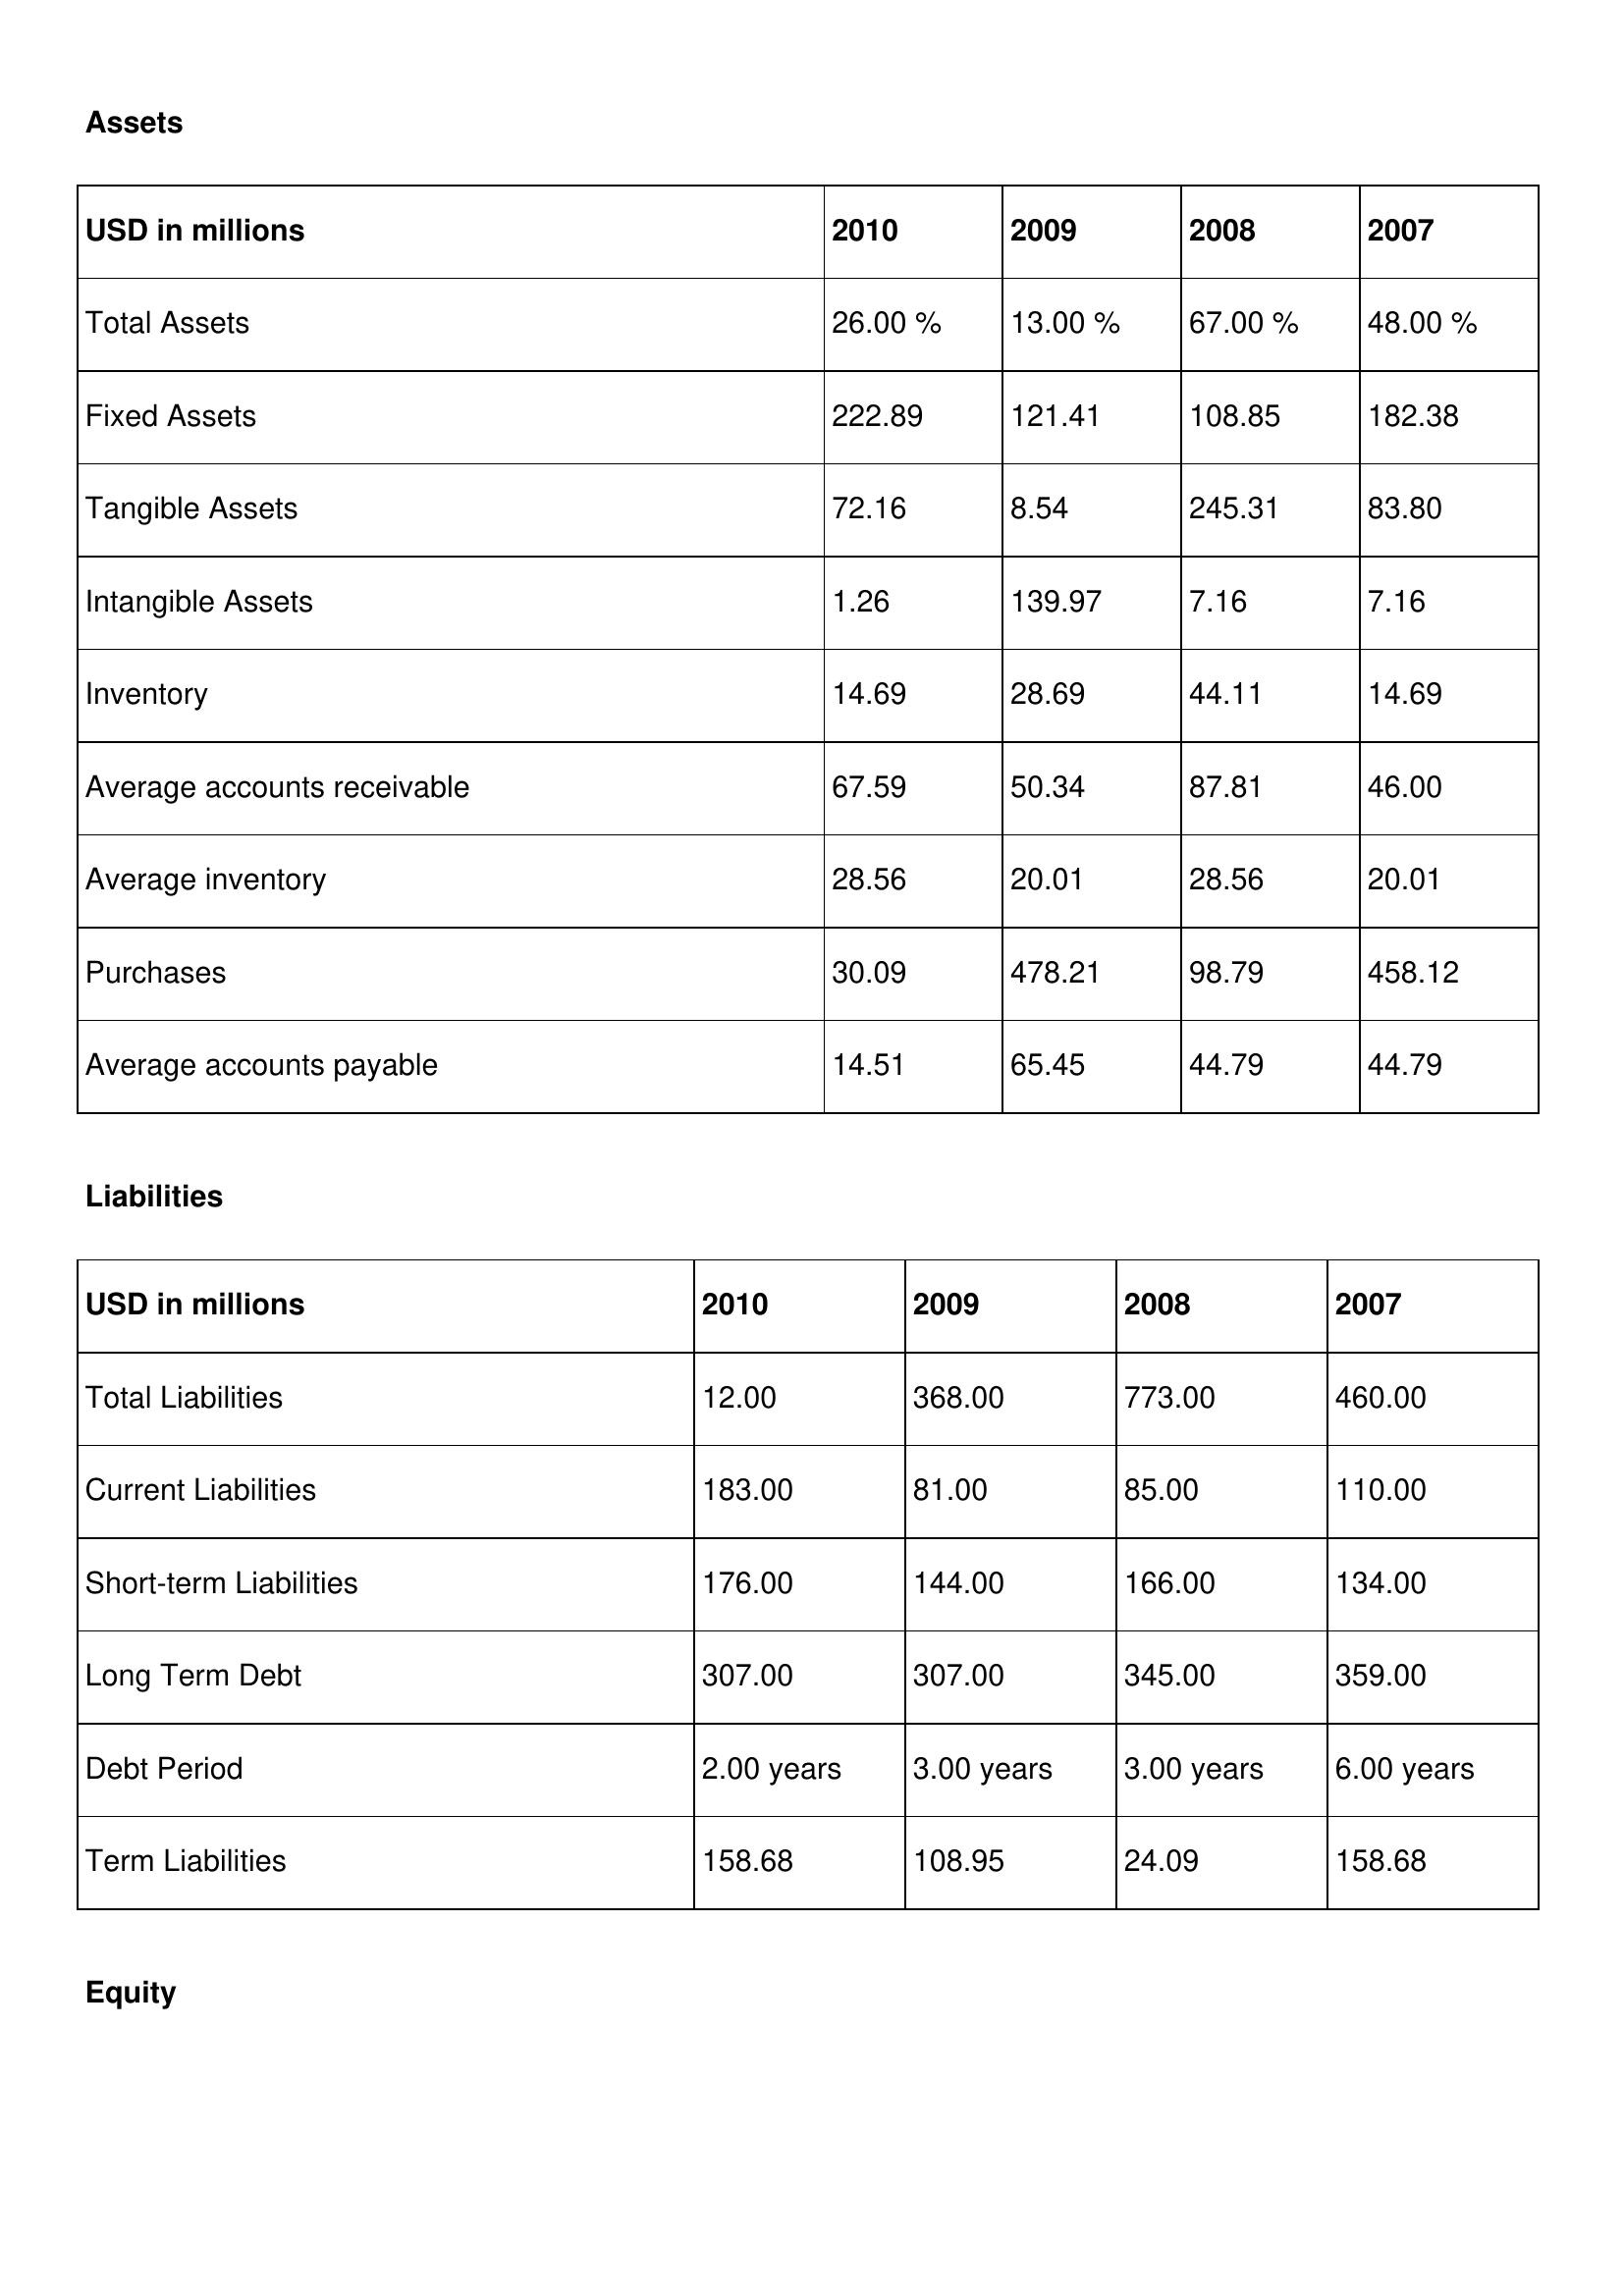
gt_parse: 2010: Assets: Total Assets: 26.00 %
Fixed Assets: 222.89
Tangible Assets: 72.16
Intangible Assets: 1.26
Inventory: 14.69
Average accounts receivable: 67.59
Average inventory: 28.56
Purchases: 30.09
Average accounts payable: 14.51
Liabilities: Total Liabilities: 12.00
Current Liabilities: 183.00
Short-term Liabilities: 176.00
Long Term Debt: 307.00
Debt Period: 2.00 years
Term Liabilities: 158.68
Equity: Common Stock: 229.49
Treasury Stock: 8.90
Other Comprehensive Income: 6.34
Total Equity: 30.00 %
Issued Capital: 389.00
Paid-up Capital: 94.51
Additional Paid-In Capital: 1.23
General Reserves: 112.96
Credit Balance: 40.07
Retained Earnings: 49.48
2009: Assets: Total Assets: 13.00 %
Fixed Assets: 121.41
Tangible Assets: 8.54
Intangible Assets: 139.97
Inventory: 28.69
Average accounts receivable: 50.34
Average inventory: 20.01
Purchases: 478.21
Average accounts payable: 65.45
Liabilities: Total Liabilities: 368.00
Current Liabilities: 81.00
Short-term Liabilities: 144.00
Long Term Debt: 307.00
Debt Period: 3.00 years
Term Liabilities: 108.95
Equity: Common Stock: 229.49
Treasury Stock: 9.76
Other Comprehensive Income: 5.96
Total Equity: 24.00 %
Issued Capital: 102.00
Paid-up Capital: 1.99
Additional Paid-In Capital: 3.52
General Reserves: 112.96
Credit Balance: 1.99
Retained Earnings: 181.14
2008: Assets: Total Assets: 67.00 %
Fixed Assets: 108.85
Tangible Assets: 245.31
Intangible Assets: 7.16
Inventory: 44.11
Average accounts receivable: 87.81
Average inventory: 28.56
Purchases: 98.79
Average accounts payable: 44.79
Liabilities: Total Liabilities: 773.00
Current Liabilities: 85.00
Short-term Liabilities: 166.00
Long Term Debt: 345.00
Debt Period: 3.00 years
Term Liabilities: 24.09
Equity: Common Stock: 263.54
Treasury Stock: 7.64
Other Comprehensive Income: 51.92
Total Equity: 37.00 %
Issued Capital: 193.00
Paid-up Capital: 88.79
Additional Paid-In Capital: 99.23
General Reserves: 100.73
Credit Balance: 38.27
Retained Earnings: 172.68
2007: Assets: Total Assets: 48.00 %
Fixed Assets: 182.38
Tangible Assets: 83.80
Intangible Assets: 7.16
Inventory: 14.69
Average accounts receivable: 46.00
Average inventory: 20.01
Purchases: 458.12
Average accounts payable: 44.79
Liabilities: Total Liabilities: 460.00
Current Liabilities: 110.00
Short-term Liabilities: 134.00
Long Term Debt: 359.00
Debt Period: 6.00 years
Term Liabilities: 158.68
Equity: Common Stock: 101.06
Treasury Stock: 14.61
Other Comprehensive Income: 6.34
Total Equity: 21.00 %
Issued Capital: 32.00
Paid-up Capital: 27.26
Additional Paid-In Capital: 69.07
General Reserves: 61.63
Credit Balance: 3.78
Retained Earnings: 49.48